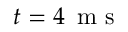
t = 4 \, \mathrm { ~ m ~ s ~ }